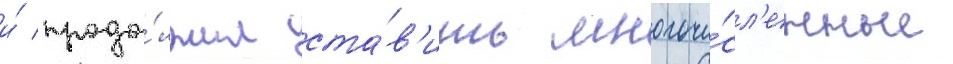
и́ продо́лжил ста́в'ить многочи́сл'енные